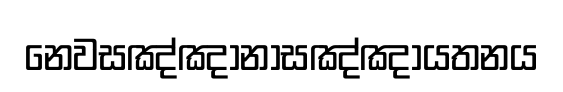
නෙවසඤ්ඤානාසඤ්ඤායතනය